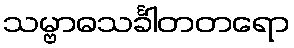
သမ္ဗာဓသင်္ခါတတရော